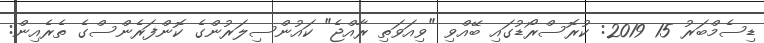
ޑިސެމްބަރު 15 2019: ކުރޮސްރޯޑުގައި ބޭއްވި "ވިއަވަތި ރާއްޖެ" ކައުންސިލަރުންގެ ކޮންފަރެންސްގެ ތެރެއިން: